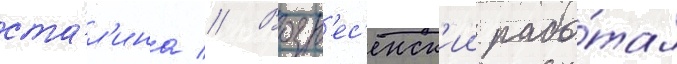
ста́л'ина // Возн'ес'енск'ии рабо́тал